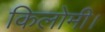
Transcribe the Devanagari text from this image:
किलोमी।